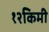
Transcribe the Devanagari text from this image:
१२किमी